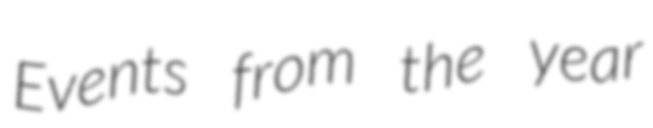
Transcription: Events from the year